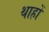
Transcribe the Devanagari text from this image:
थाहों